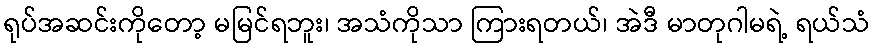
ရုပ်အဆင်းကိုတော့ မမြင်ရဘူး၊ အသံကိုသာ ကြားရတယ်၊ အဲဒီ မာတုဂါမရဲ့ ရယ်သံ